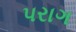
પરાગ